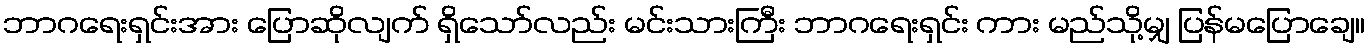
ဘာဂရေးရှင်းအား ပြောဆိုလျက် ရှိသော်လည်း မင်းသားကြီး ဘာဂရေးရှင်း ကား မည်သို့မျှ ပြန်မပြောချေ။